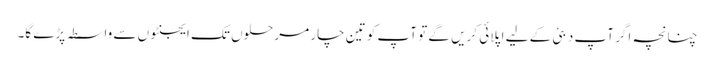
چنانچہ اگر آپ دبئی کے لیے اپلائی کریں گے تو آپ کو تین چار مرحلوں تک ایجنٹوں سے واسطہ پڑے گا۔